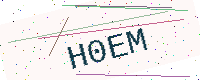
Text: H0EM